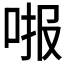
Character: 𱒧